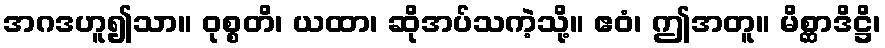
အဂဒဟူ၍သာ။ ဝုစ္စတိ၊ ယထာ၊ ဆိုအပ်သကဲ့သို့။ ဧဝံ၊ ဤအတူ။ မိစ္ဆာဒိဋ္ဌိ၊